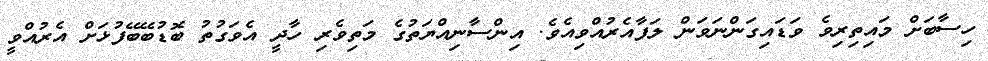
ހިސާބަށް މައިތިރިވެ ވަޑައިގަންނަވަން ލަފާއެރުއްވިއެވެ. އިންސާނިއްޔަތުގެ މަތިވެރި ހާދީ އެވަގުތު ބޮޑުބޭބޭފުޅަށް އެރުއްވީ